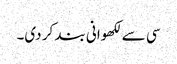
سی سے لکھوانی بند کر دی۔